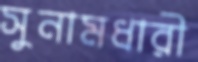
সুনামধারী